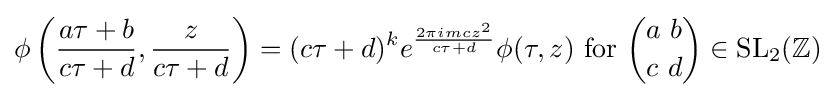
\phi \left({\frac {a\tau +b}{c\tau +d}},{\frac {z}{c\tau +d}}\right)=(c\tau +d)^{k}e^{\frac {2\pi imcz^{2}}{c\tau +d}}\phi (\tau ,z){\text{ for }}{a\ b \choose c\ d}\in \mathrm {SL} _{2}(\mathbb {Z} )